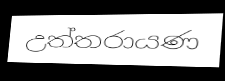
උත්තරායණ